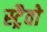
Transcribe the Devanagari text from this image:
स्ट्रैवो